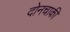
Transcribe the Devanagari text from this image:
दोनचाकी